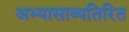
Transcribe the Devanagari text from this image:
अभ्यासाव्यतिरित